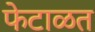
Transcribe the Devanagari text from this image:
फेटाळत